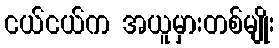
ငယ်ငယ်က အယူမှားတစ်မျိုး